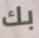
بك